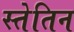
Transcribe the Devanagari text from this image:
स्तेतिन